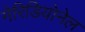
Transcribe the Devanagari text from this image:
मेरिडियोनेल